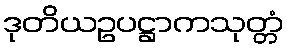
ဒုတိယဥပဋ္ဌာကသုတ္တံ